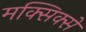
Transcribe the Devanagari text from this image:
मक्सिक्से